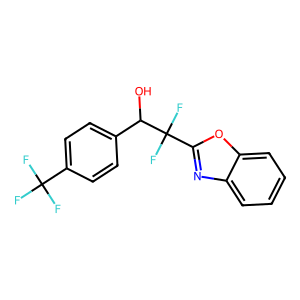
SMILES: OC(c1ccc(C(F)(F)F)cc1)C(F)(F)c1nc2ccccc2o1
Inhibits HIV replication: No